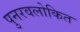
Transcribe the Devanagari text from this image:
पुनरवलोकित